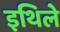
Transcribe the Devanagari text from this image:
इथिले